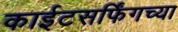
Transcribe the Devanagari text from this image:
काईटसर्फिंगच्या